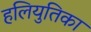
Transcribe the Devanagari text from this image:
हलियुतिका